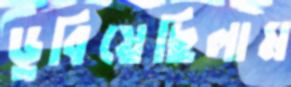
ডুবিয়েছিলাম